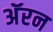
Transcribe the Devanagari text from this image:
अॅरन